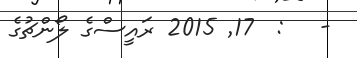
-   :  17